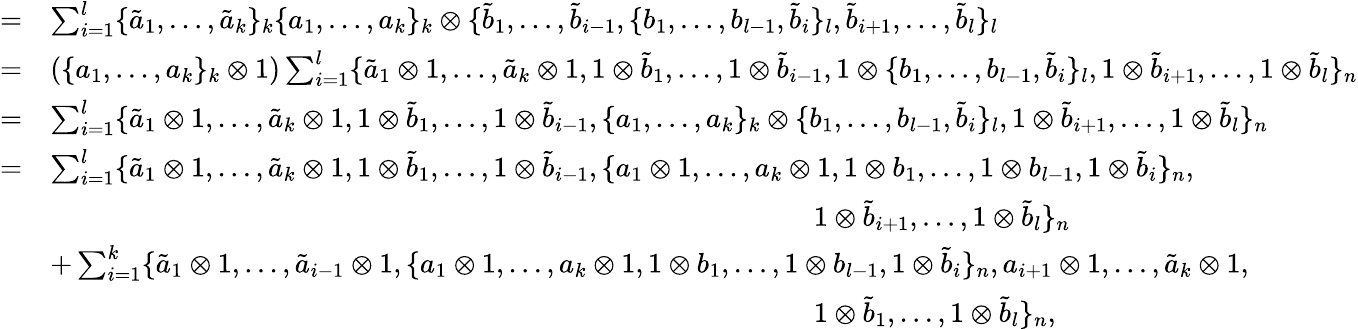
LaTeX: \begin{array}{rl}{=}&{\sum_{i=1}^{l}\{ \tilde{a}_{1},\dots,\tilde{a}_{k}\} _{k}\{ a_{1},\dots,a_{k}\} _{k}\otimes\{ \tilde{b}_{1},\dots,\tilde{b}_{i-1},\{ b_{1},\dots,b_{l-1},\tilde{b}_{i}\} _{l},\tilde{b}_{i+1},...,\tilde{b}_{l}\} _{l}}\\ {=}&{\left(\{ a_{1},\dots,a_{k}\} _{k}\otimes 1\right)\sum_{i=1}^{l}\{ \tilde{a}_{1}\otimes 1,\dots,\tilde{a}_{k}\otimes 1,1\otimes\tilde{b}_{1},\dots,1\otimes\tilde{b}_{i-1},1\otimes\{ b_{1},\dots,b_{l-1},\tilde{b}_{i}\} _{l},1\otimes\tilde{b}_{i+1},...,1\otimes\tilde{b}_{l}\} _{n}}\\ {=}&{\sum_{i=1}^{l}\{ \tilde{a}_{1}\otimes 1,\dots,\tilde{a}_{k}\otimes 1,1\otimes\tilde{b}_{1},\dots,1\otimes\tilde{b}_{i-1},\{ a_{1},\dots,a_{k}\} _{k}\otimes\{ b_{1},\dots,b_{l-1},\tilde{b}_{i}\} _{l},1\otimes\tilde{b}_{i+1},...,1\otimes\tilde{b}_{l}\} _{n}}\\ {=}&{\sum_{i=1}^{l}\{ \tilde{a}_{1}\otimes 1,\dots,\tilde{a}_{k}\otimes 1,1\otimes\tilde{b}_{1},\dots,1\otimes\tilde{b}_{i-1},\{ a_{1}\otimes 1,\dots,a_{k}\otimes 1,1\otimes b_{1},\dots,1\otimes b_{l-1},1\otimes\tilde{b}_{i}\} _{n},}\\ &{\ \ \ \ \ \ \ \ \ \ \ \ \ \ \ \ \ \ \ \ \ \ \ \ \ \ \ \ \ \ \ \ \ \ \ \ \ \ \ \ \ \ \ \ \ \ \ \ \ \ \ \ \ \ \ \ \ \ \ \ \ \ \ \ \ \ \ \ \ \ \ \ \ \ \ \ \ \ \ \ \ \ \ \ \ \ \ \ \ \ \ \ \ \ \ \ \ \ \ \ \ \ \ \ \ \ \ \ 1\otimes\tilde{b}_{i+1},...,1\otimes\tilde{b}_{l}\} _{n}}\\ &{+\sum_{i=1}^{k}\{ \tilde{a}_{1}\otimes 1,\dots,\tilde{a}_{i-1}\otimes 1,\{ a_{1}\otimes 1,\dots,a_{k}\otimes 1,1\otimes b_{1},\dots,1\otimes b_{l-1},1\otimes\tilde{b}_{i}\} _{n},a_{i+1}\otimes 1,\dots,\tilde{a}_{k}\otimes 1,}\\ &{\ \ \ \ \ \ \ \ \ \ \ \ \ \ \ \ \ \ \ \ \ \ \ \ \ \ \ \ \ \ \ \ \ \ \ \ \ \ \ \ \ \ \ \ \ \ \ \ \ \ \ \ \ \ \ \ \ \ \ \ \ \ \ \ \ \ \ \ \ \ \ \ \ \ \ \ \ \ \ \ \ \ \ \ \ \ \ \ \ \ \ \ \ \ \ \ \ \ \ \ \ \ \ \ \ \ \ \ 1\otimes\tilde{b}_{1},\dots,1\otimes\tilde{b}_{l}\} _{n},}\end{array}